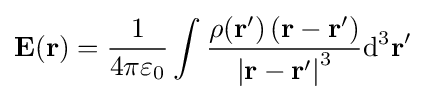
\mathbf {E(r)} ={\frac {1}{4\pi \varepsilon _{0}}}\int {\frac {\rho (\mathbf {r'} )\left(\mathbf {r} -\mathbf {r'} \right)}{\left|\mathbf {r} -\mathbf {r'} \right|^{3}}}\mathrm {d^{3}} \mathbf {r'}